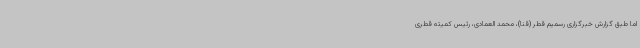
اما طبق گزارش خبرگزاری رسمیم قطر (قنا)، محمد العمادی، رئیس کمیته قطری